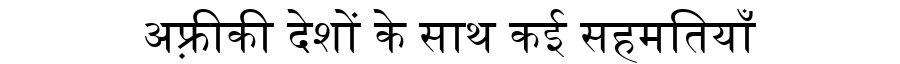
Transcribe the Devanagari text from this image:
अफ़्रीकी देशों के साथ कई सहमतियाँ